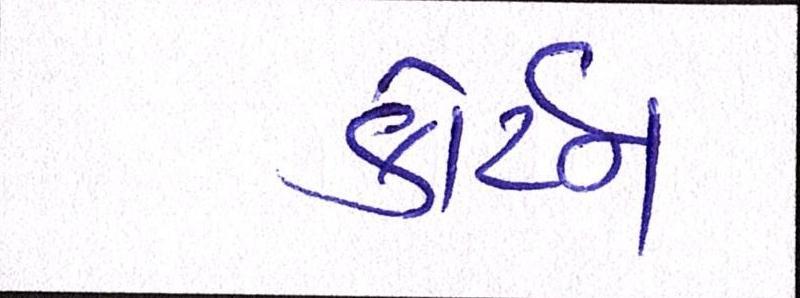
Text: કોર્ટને